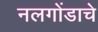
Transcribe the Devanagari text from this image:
नलगोंडाचे